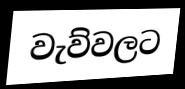
වැව්වලට